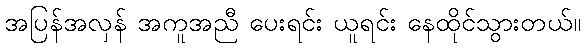
အပြန်အလှန် အကူအညီ ပေးရင်း ယူရင်း နေထိုင်သွားတယ်။